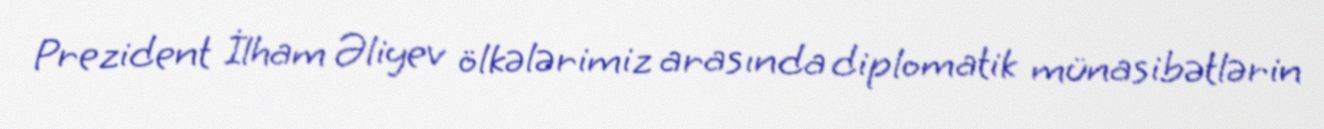
Prezident İlham Əliyev ölkələrimiz arasında diplomatik münasibətlərin